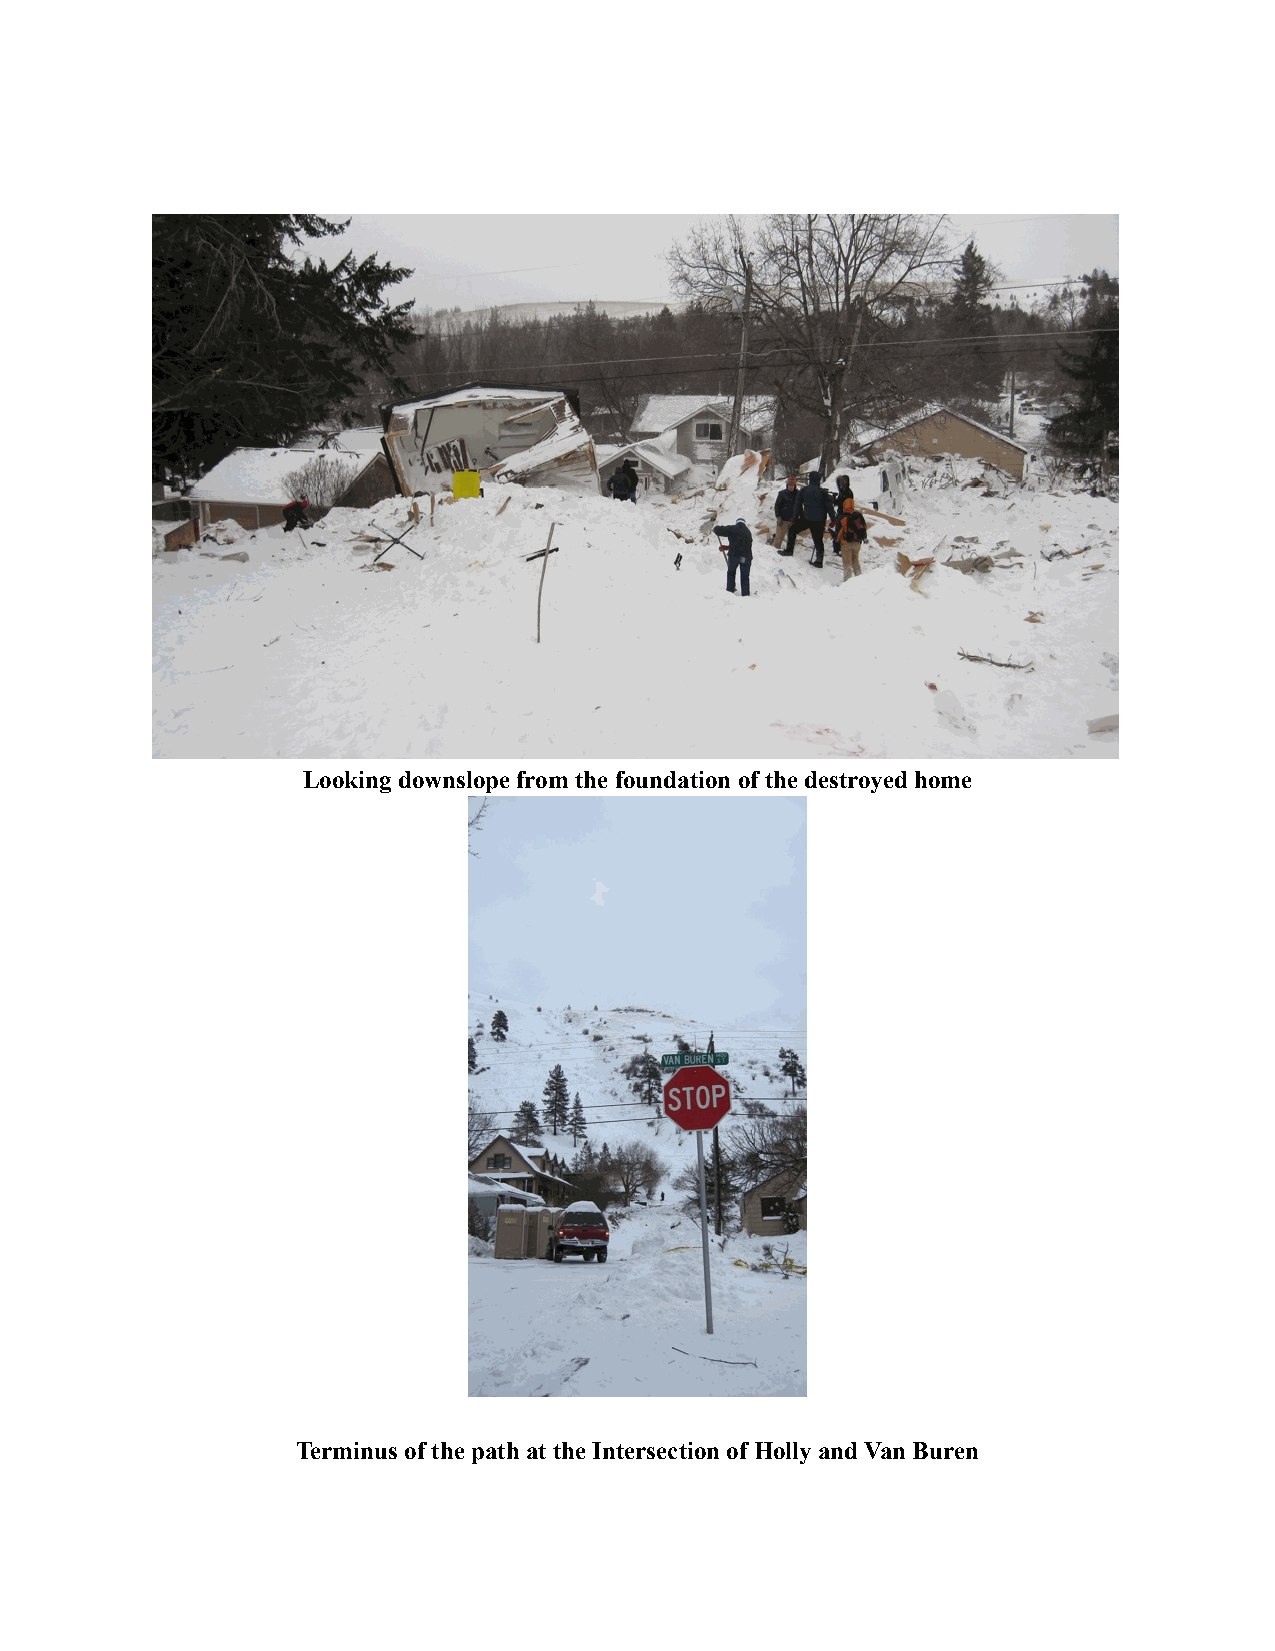
Looking downslope from the foundation of the destroyed home
 Terminus of the path at the Intersection of Holly and Van Buren